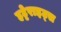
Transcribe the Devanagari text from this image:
हट्टेराइट्स